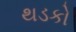
થડકો